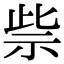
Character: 祡